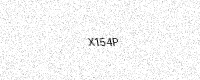
Text: X154P